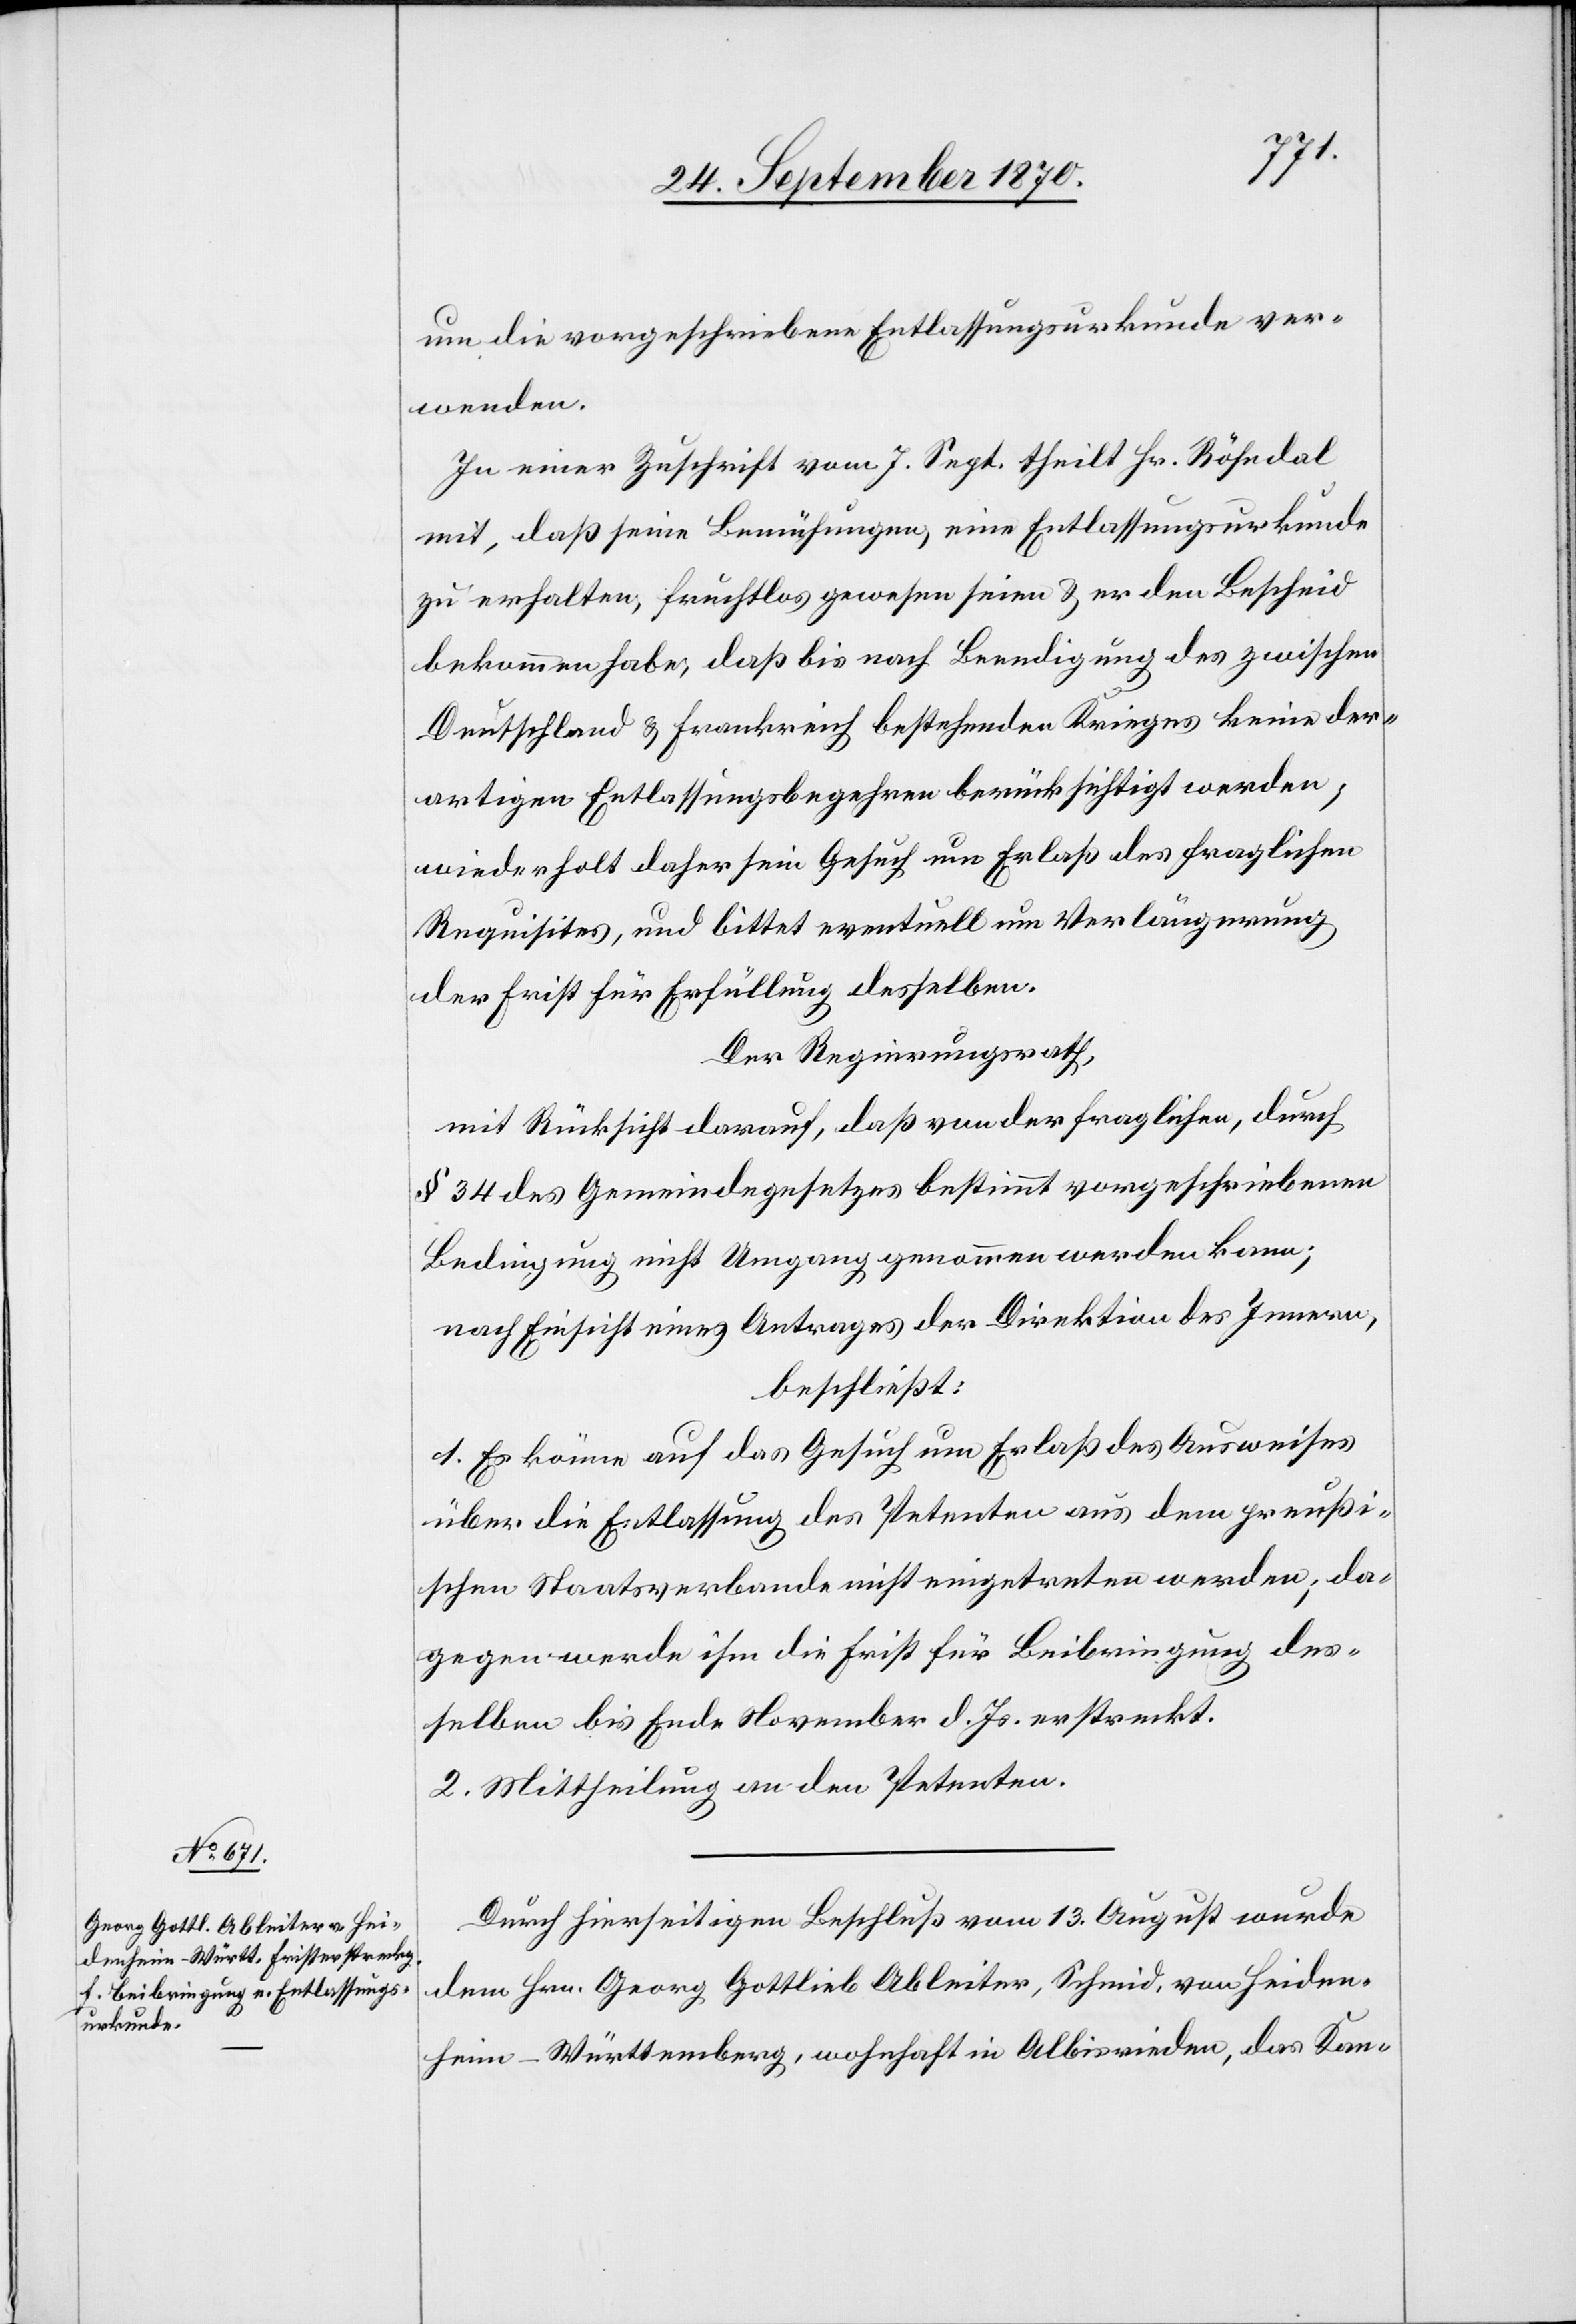
um die vorgeschriebene Entlassungsurkunde ver¬
wenden.
In einer Zuschrift vom 7. Sept. theilt Hr. Röhndal
mit, daß seine Bemühungen, eine Entlassungsurkunde
zu erhalten, fruchtlos gewesen seien & er den Bescheid
bekommen habe, daß bis nach Beendigung des zwischen
Deutschland & Frankreich bestehenden Krieges keine der¬
artigen Entlassungsbegehren berücksichtigt werden;
wiederholt daher sein Gesuch um Erlaß des fraglichen
Requisites, und bittet eventuell um Verlängerung
der Frist für Erfüllung desselben.
Der Regierungsrath,
mit Rücksicht darauf, daß von der fraglichen, durch
§ 34 des Gemeindegesetzes bestimmt vorgeschriebenen
Bedingung nicht Umgang genommen werden kann;
nach Einsicht eines Antrages der Direktion des Innern,
beschließt:
1. Es könne auf das Gesuch um Erlaß des Ausweises
über die Entlassung des Petenten aus dem preußi¬
schen Staatsverbande nicht eingetreten werden; da¬
gegen werde ihm die Frist für Beibringung des¬
selben bis Ende November d. Js. erstreckt.
2. Mittheilung an den Petenten.
Durch hierseitigen Beschluß vom 13. August wurde
dem Hrn. Georg Gottlieb Ableiter, Schmid, von Heiden¬
heim - Württemberg, wohnhaft in Albisrieden, das Kan-